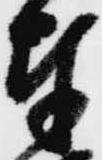
奉